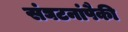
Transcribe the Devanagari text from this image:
संघटनांपैकी